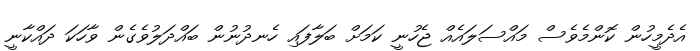
އެދެމީހުން ކޮންމެވެސް މައްސަލައެއް ޖެހުނީ ކަމަށް ބަލާފައި ހެނދުނުން ބައްދަލުވެގެން ވާހަކަ ދައްކާނީ